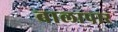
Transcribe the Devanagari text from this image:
बालापार